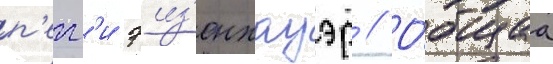
п'егг'и эиз'енхауэр // О́бщаа